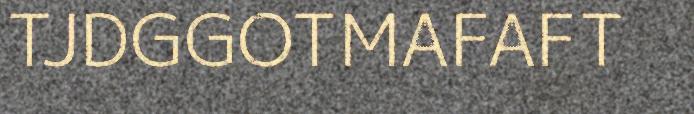
TJDGGOTMAFAFT